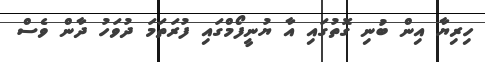
ހިރިޔާ އިން ބުނި ގޮތުގައި އާ ޔުނީފޯމްގައި ފުރަތަމަ ދުވަހު ދާން ވެސް